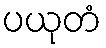
ပယုတံ